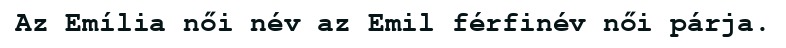
Az Emília női név az Emil férfinév női párja.